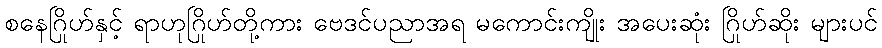
စနေဂြိုဟ်နှင့် ရာဟုဂြိုဟ်တို့ကား ဗေဒင်ပညာအရ မကောင်းကျိုး အပေးဆုံး ဂြိုဟ်ဆိုး များပင်